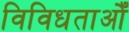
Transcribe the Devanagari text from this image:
विविधताओँ